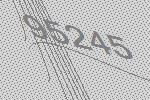
95245